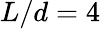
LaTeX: L/d=4